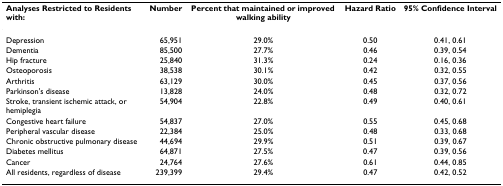
<table><thead><tr><td><b>Analyses Restricted to Residents with:</b></td><td><b>Number</b></td><td><b>Percent that maintained or improved walking ability</b></td><td><b>Hazard Ratio</b></td><td><b>95% Confidence Interval</b></td></tr></thead><tbody><tr><td>Depression</td><td>65,951</td><td>29.0%</td><td>0.50</td><td>0.41, 0.61</td></tr><tr><td>Dementia</td><td>85,500</td><td>27.7%</td><td>0.46</td><td>0.39, 0.54</td></tr><tr><td>Hip fracture</td><td>25,840</td><td>31.3%</td><td>0.24</td><td>0.16, 0.36</td></tr><tr><td>Osteoporosis</td><td>38,538</td><td>30.1%</td><td>0.42</td><td>0.32, 0.55</td></tr><tr><td>Arthritis</td><td>63,129</td><td>30.0%</td><td>0.45</td><td>0.37, 0.56</td></tr><tr><td>Parkinson&#x27;s disease</td><td>13,828</td><td>24.0%</td><td>0.48</td><td>0.32, 0.72</td></tr><tr><td>Stroke, transient ischemic attack, or hemiplegia</td><td>54,904</td><td>22.8%</td><td>0.49</td><td>0.40, 0.61</td></tr><tr><td>Congestive heart failure</td><td>54,837</td><td>27.0%</td><td>0.55</td><td>0.45, 0.68</td></tr><tr><td>Peripheral vascular disease</td><td>22,384</td><td>25.0%</td><td>0.48</td><td>0.33, 0.68</td></tr><tr><td>Chronic obstructive pulmonary disease</td><td>44,694</td><td>29.9%</td><td>0.51</td><td>0.39, 0.67</td></tr><tr><td>Diabetes mellitus</td><td>64,871</td><td>27.5%</td><td>0.47</td><td>0.39, 0.56</td></tr><tr><td>Cancer</td><td>24,764</td><td>27.6%</td><td>0.61</td><td>0.44, 0.85</td></tr><tr><td>All residents, regardless of disease</td><td>239,399</td><td>29.4%</td><td>0.47</td><td>0.42, 0.52</td></tr></tbody></table>